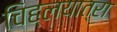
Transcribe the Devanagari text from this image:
चिह्लयात्रा